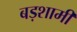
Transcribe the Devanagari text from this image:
बड़शामी